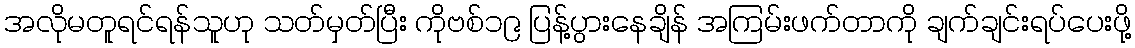
အလိုမတူရင်ရန်သူဟု သတ်မှတ်ပြီး ကိုဗစ်၁၉ ပြန့်ပွားနေချိန် အကြမ်းဖက်တာကို ချက်ချင်းရပ်ပေးဖို့